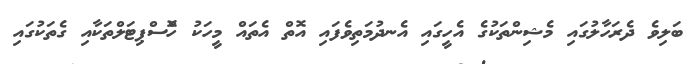
ބަލިވެ ދެރަހާލުގައި މެޝިންތަކުގެ އެހީގައި އެނދުމަތިވެފައި އޮތް އެތައް މީހަކު ހޮްސްޕިޓަލްތަކާއި ގެތަކުގައި